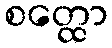
စတ္ထော